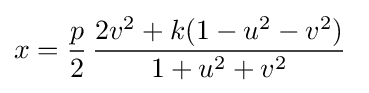
x={\frac {p}{2}}\,{\frac {2v^{2}+k(1-u^{2}-v^{2})}{1+u^{2}+v^{2}}}\